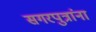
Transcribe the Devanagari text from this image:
सगरपुत्रांना